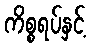
ကိစ္စရပ်နှင့်